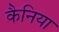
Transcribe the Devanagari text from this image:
कैनिया